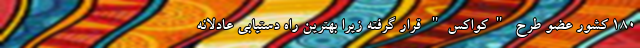
۱۸۰ کشور عضو طرح "کواکس" قرار گرفته زیرا بهترین راه دستیابی عادلانه